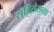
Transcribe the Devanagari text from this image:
सर्विसेसच्या